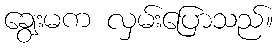
ချွေးမက လှမ်းပြောသည်။